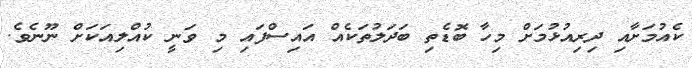
ކެއުމަށާއި ދިރިއުޅުމަށް މިހާ ބޮޑެތި ބަދަލުތަކެއް އައިސްފައި މި ވަނީ ކުއްލިއަކަށް ނޫނެވެ.